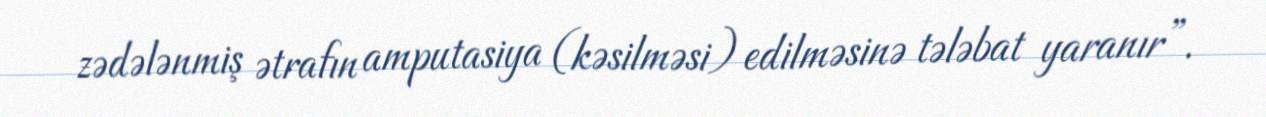
zədələnmiş ətrafın amputasiya (kəsilməsi) edilməsinə tələbat yaranır”.